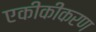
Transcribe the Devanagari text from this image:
एकीकीकरण